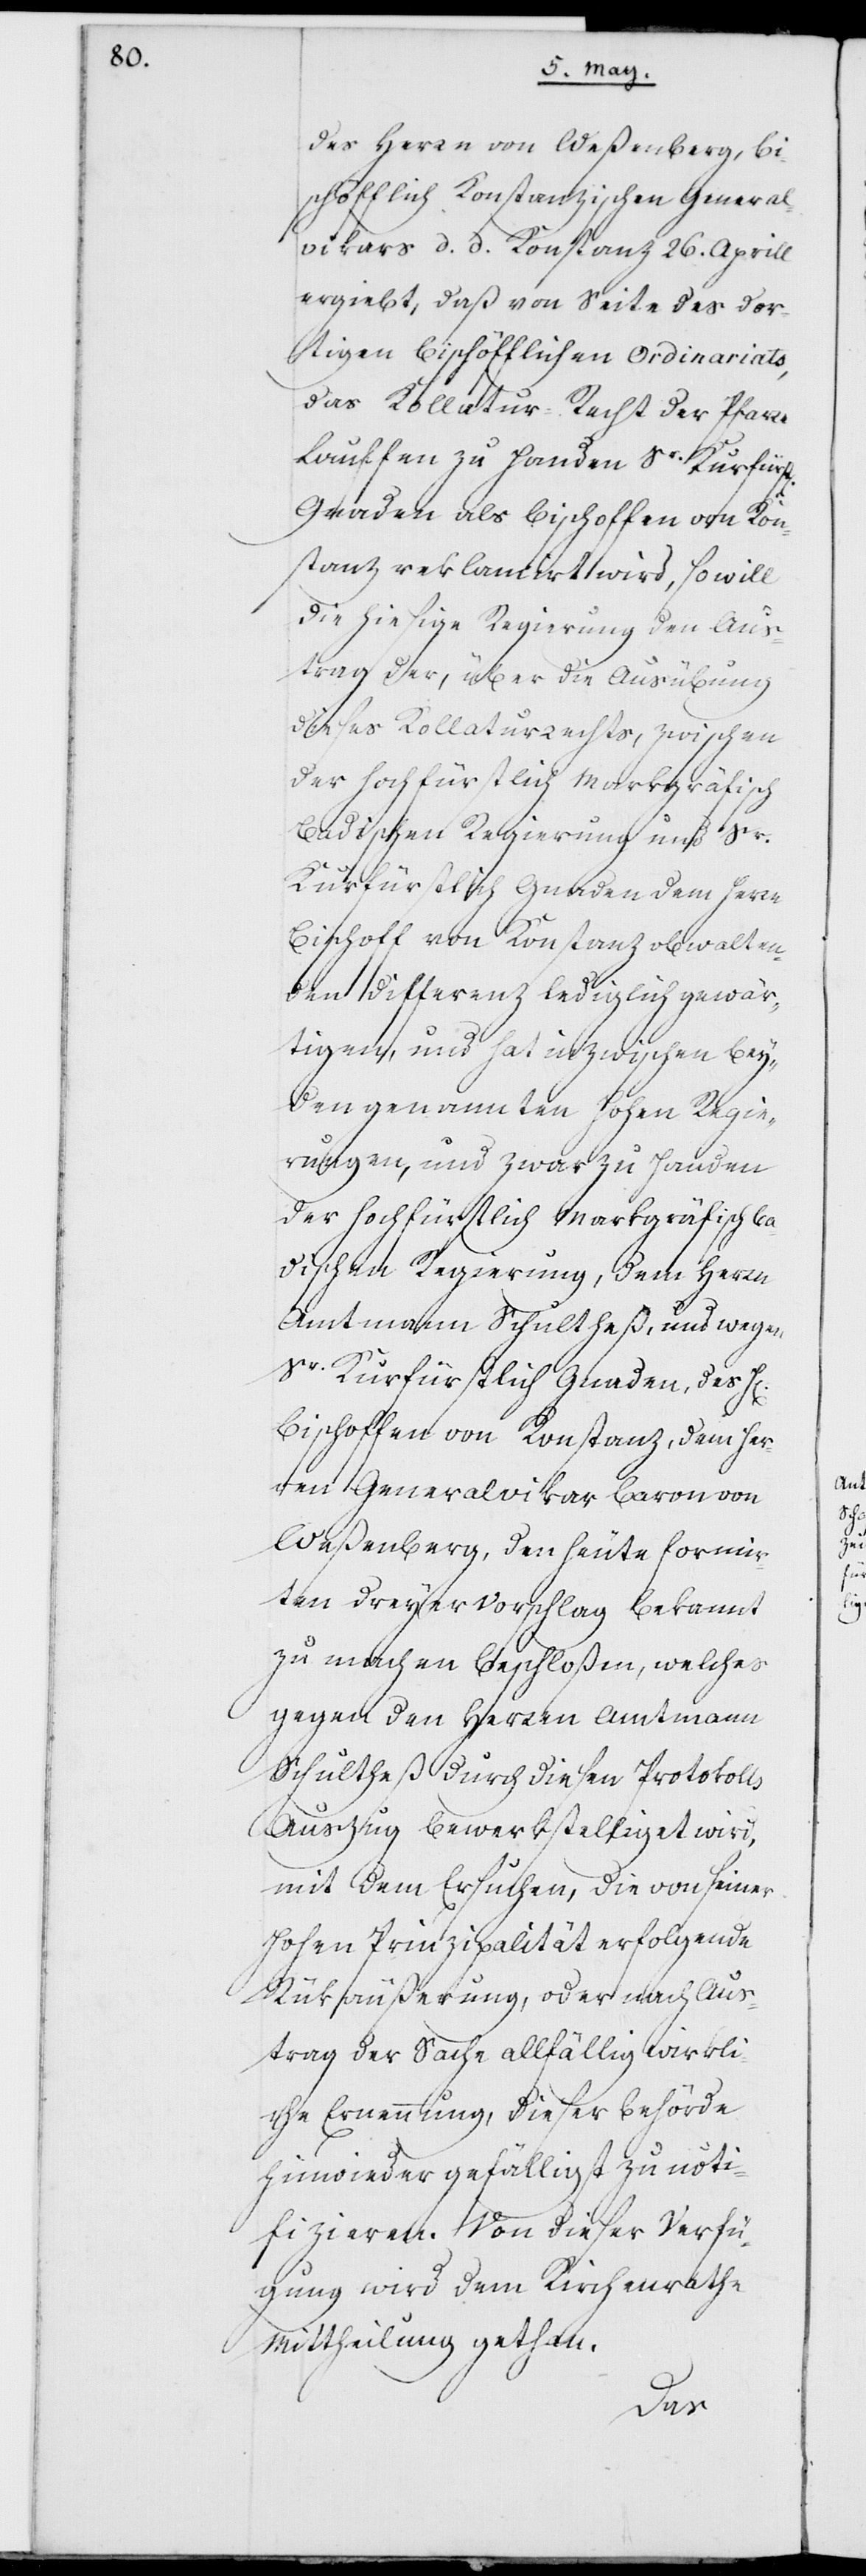
des Herrn von Weßenberg, bi¬
schöfflich Konstanzischen General¬
vikars d. d. Konstanz 26. Aprill
ergiebt, daß von Seite des dor¬
tigen Bischöfflichen Ordinariats,
das Kollatur-Recht der Pfarre
Lauffen zu Handen Sr. Kurfürstl.
Gnaden als Bischoffen von Kon¬
stanz reklamirt wird, so will
die hiesige Regierung den Aus¬
trag der, über die Ausübung
dieses Kollaturrechts, zwischen
der Hochfürstlich Markgräfisch
Badischen Regierung und Sr.
Kurfürstlich Gnaden dem Herrn
Bischoff von Konstanz obwalten¬
den Differenz lediglich gewär¬
tigen, und hat inzwischen bey¬
den genannten Hohen Regie¬
rungen, und zwar zu Handen
der hochfürstlich Markgräfisch Ba¬
dischen Regierung, dem Herrn
Amtmann Schultheß, und wegen
Sr. Kurfürstlich Gnaden, des He¬
Bischoffen von Konstanz, dem Her¬
ren Generalvikar Baron von
Weßenberg, den heute formir¬
ten Dreyervorschlag bekannt
zu machen beschloßen, welches
gegen den Herren Amtmann
Schultheß durch diesen Protokolls
Auszug bewerkstelliget wird,
mit dem Ersuchen, die von seiner
Hohen Prinzipalität erfolgende
Rükäußerung, oder nach Aus¬
trag der Sache allfällig wirkli¬
che Ernennung, dieser Behörde
hinwieder gefälligst zu noti¬
fizieren. Von dieser Verfü¬
gung wird dem Kirchenrathe
Mittheilung gethan.
rrn